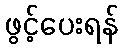
ဖွင့်ပေးရန်